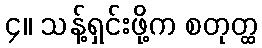
၄။ သန့်ရှင်းဖို့က စတုတ္ထ